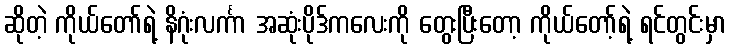
ဆိုတဲ့ ကိုယ်တော်ရဲ့ နိဂုံးလင်္ကာ အဆုံးပိုဒ်ကလေးကို တွေးပြီးတော့ ကိုယ်တော့်ရဲ့ ရင်တွင်းမှာ